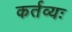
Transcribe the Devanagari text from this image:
कर्तव्यः